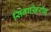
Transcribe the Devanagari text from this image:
सिनाख़िरीब्